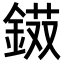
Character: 𨨭